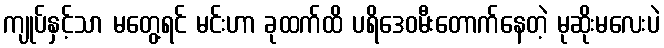
ကျုပ်နှင့်သာ မတွေ့ရင် မင်းဟာ ခုထက်ထိ ပရိဒေဝမီးတောက်နေတဲ့ မုဆိုးမလေးပဲ